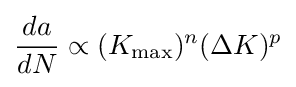
{da \over dN}\propto (K_{\text{max}})^{n}(\Delta K)^{p}